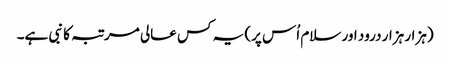
(ہزار ہزار درود اور سلام اُس پر) یہ کس عالی مرتبہ کا نبی ہے۔